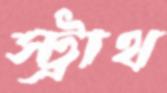
স্ট্রাথ